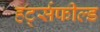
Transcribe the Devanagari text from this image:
हर्ट्सफील्ड